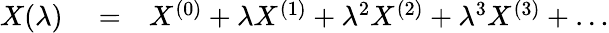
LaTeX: \begin{array}{rlr}{X(\lambda)}&{{}=}&{X^{(0)}+\lambda X^{(1)}+\lambda^{2}X^{(2)}+\lambda^{3}X^{(3)}+\ldots}\end{array}